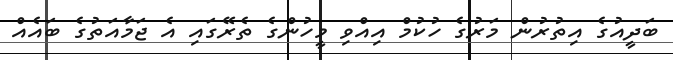
ބަދީއުގެ އިތުރުން މަރުގެ ހުކުމް އިއްވި މީހުންގެ ތެރޭގައި އެ ޖަމާއަތުގެ ބައެއް